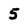
Character: 5